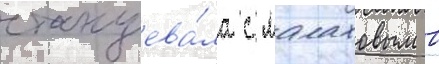
станцева́ла с малаховым в